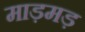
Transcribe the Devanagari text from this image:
माड़मड़